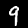
Digit: 9